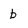
Character: b